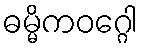
ဓမ္မိကဝဂ္ဂေါ